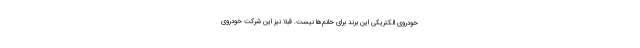
خودروی الکتریکی این برند برای خانم‌ها نیست. قبلا نیز این شرکت خودروی